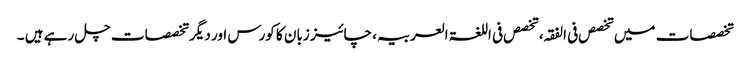
تخصصات میں تخصص فی الفقہ، تخصص فی اللغۃ العربیہ، چائیز زبان کا کورس اور دیگر تخصصات چل رہے ہیں ۔